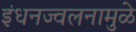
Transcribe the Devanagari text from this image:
इंधनज्वलनामुळे